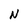
Character: N